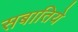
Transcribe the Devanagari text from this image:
सबातिये